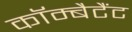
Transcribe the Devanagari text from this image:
कॉम्बैटैंट